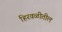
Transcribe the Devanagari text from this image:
हिरवळीतील